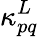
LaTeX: \kappa_{pq}^{L}